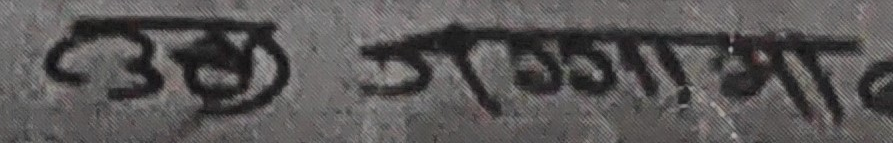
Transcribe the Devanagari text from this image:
उद्गातामा